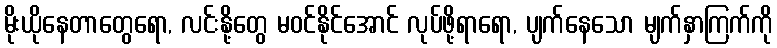
မိုးယိုနေတာတွေရော, လင်းနို့တွေ မဝင်နိုင်အောင် လုပ်ဖို့ရာရော, ပျက်နေသော မျက်နှာကြက်ကို